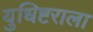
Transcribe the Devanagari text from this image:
युधिष्टराला